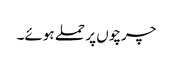
چرچوں پر حملے ہوئے۔